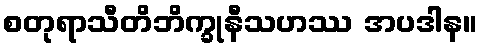
စတုရာသီတိဘိက္ခုနီသဟဿ အပဒါန။